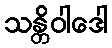
သန္တိဝါဒေါ